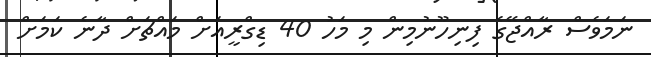
ނަމަވެސް ރާއްޖޭގެ ފިނިހޫނުމިން މި މަހު 40 ޑިގްރީއަށް މައްޗަށް ދާނެ ކަމަށް